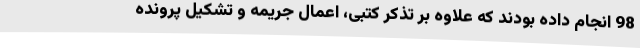
98 انجام داده بودند که علاوه بر تذکر کتبی، اعمال جریمه و تشکیل پرونده